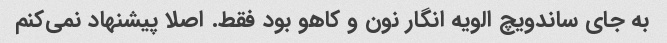
به جای ساندویچ الویه انگار نون و کاهو بود فقط. اصلا پیشنهاد نمی‌کنم